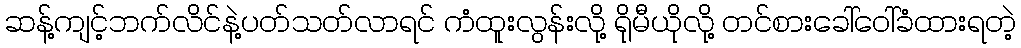
ဆန့်ကျင့်ဘက်လိင်နဲ့ပတ်သတ်လာရင် ကံထူးလွန်းလို့ ရိုမီယိုလို့ တင်စားခေါ်ဝေါ်ခံထားရတဲ့